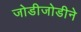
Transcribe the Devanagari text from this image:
जोडीजोडीने